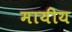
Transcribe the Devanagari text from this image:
मायीय